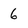
Character: 6